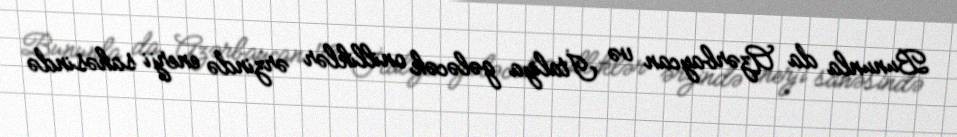
Bununla da Azərbaycan və İtaliya gələcək onilliklər ərzində enerji sahəsində